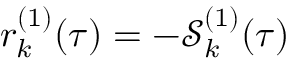
r _ { k } ^ { ( 1 ) } ( \tau ) = - \mathcal { S } _ { k } ^ { ( 1 ) } ( \tau )